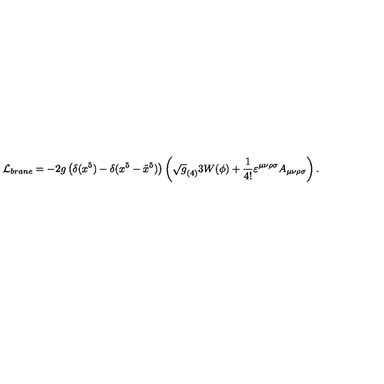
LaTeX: { \cal L } _ { b r a n e } = - 2 g \left( \delta ( x ^ { 5 } ) - \delta ( x ^ { 5 } - \tilde { x } ^ { 5 } ) \right) \left( \sqrt g _ { ( 4 ) } 3 W ( \phi ) + { \frac { 1 } { 4 ! } } \varepsilon ^ { \mu \nu \rho \sigma } A _ { \mu \nu \rho \sigma } \right) .